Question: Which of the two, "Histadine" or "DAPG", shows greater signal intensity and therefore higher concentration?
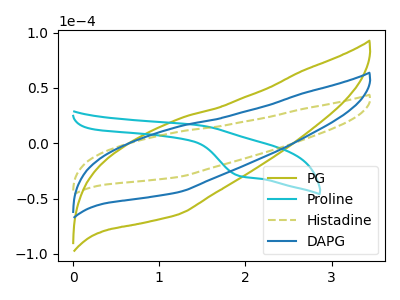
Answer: <think>The olive curve "PG" has no peaks. The cyan curve "Proline" has an anodic peak at (1.45V, 16.25uA) and a cathodic peak at (1.95V, -29.85uA). The olive dashed curve "Histadine" has no peaks. The blue curve "DAPG" has no peaks.
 Neither "Histadine" or "DAPG" have any peaks.</think>
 <answer>I cant tell if "Histadine" or "DAPG" has higher concentration.</answer>
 <eval>mixed_concentration</eval>